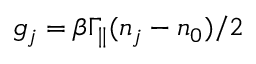
g _ { j } = \beta \Gamma _ { \parallel } ( n _ { j } - n _ { 0 } ) / 2